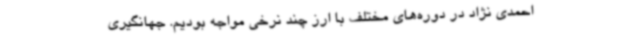
احمدی نژاد در دوره‌های مختلف با ارز چند نرخی مواجه بودیم. جهانگیری